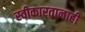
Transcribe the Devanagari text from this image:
स्वीकारतानाही